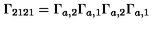
\Gamma _ { 2 1 2 1 } = \Gamma _ { a , 2 } \Gamma _ { a , 1 } \Gamma _ { a , 2 } \Gamma _ { a , 1 }